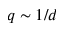
q \sim 1 / d